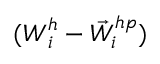
( \boldsymbol { W } _ { i } ^ { h } - { \vec { W } } _ { i } ^ { h p } )